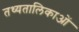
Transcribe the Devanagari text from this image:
तथ्यतालिकाओं